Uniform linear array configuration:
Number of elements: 64
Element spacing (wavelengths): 1
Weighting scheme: hann
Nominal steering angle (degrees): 45
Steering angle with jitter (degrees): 46.754
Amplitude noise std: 0.05
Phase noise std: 0.05

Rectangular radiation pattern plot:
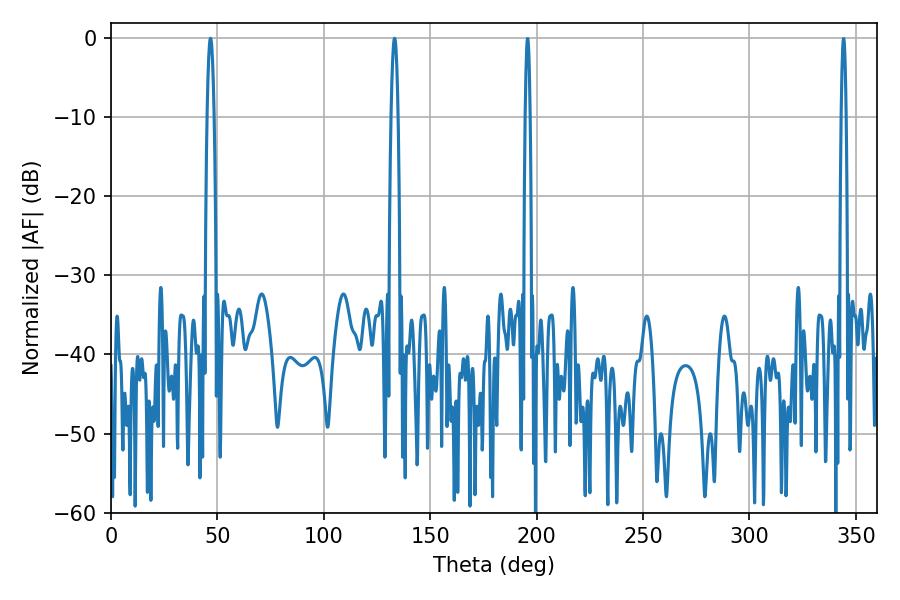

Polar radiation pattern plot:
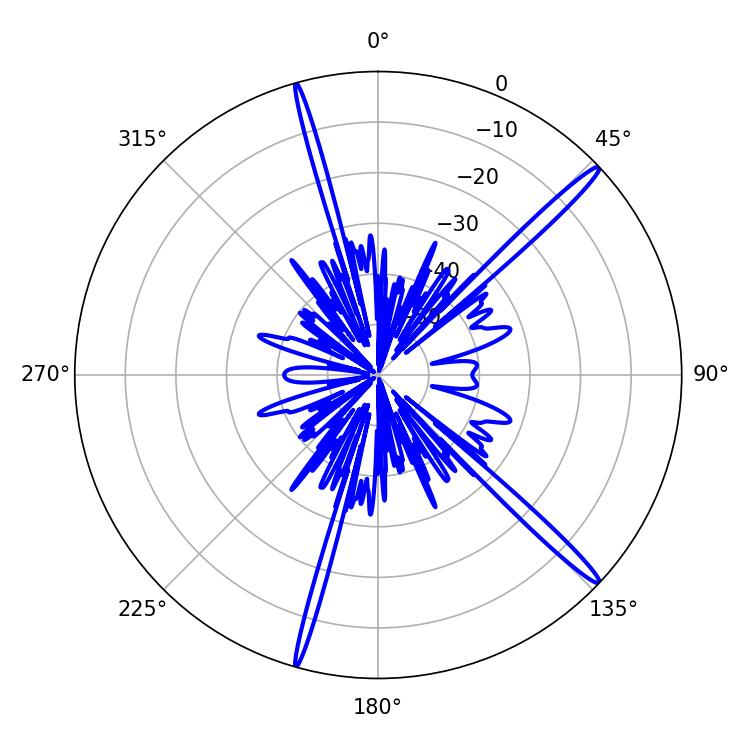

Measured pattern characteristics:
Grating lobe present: TRUE
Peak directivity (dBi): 17.263
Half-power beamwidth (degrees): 1.8
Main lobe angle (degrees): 133.2